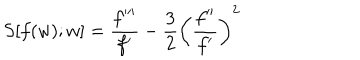
LaTeX: S [ f ( w ) ; w ] = \frac { f ^ { \prime \prime \prime } } { f ^ { \prime } } - \frac 3 2 \left( \frac { f ^ { \prime \prime } } { f ^ { \prime } } \right) ^ { 2 }